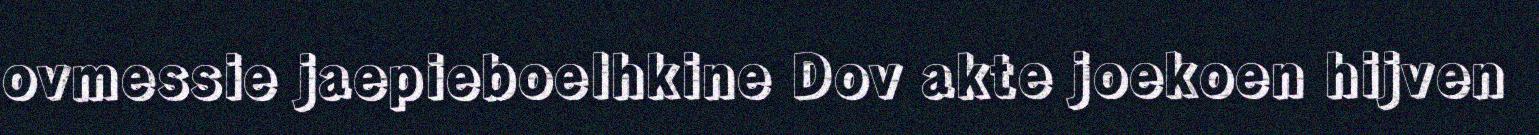
ovmessie jaepieboelhkine Dov akte joekoen hijven